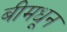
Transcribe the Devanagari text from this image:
बीमधून